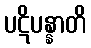
ပဋိပန္နာတိ